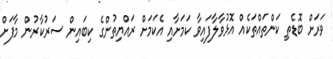
ވަރަށް ބޮޑެތި ކަންތައްތަކެއް އޮޅުވާލާފައިވާ ކަމަށާއި އެކަމަށް ރައްޔިތުންގެ ކިބައިން ސަރުކާރުން މާފަށް